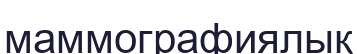
маммографиялық